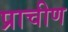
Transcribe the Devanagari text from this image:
प्राचीण